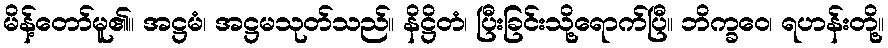
မိန့်တော်မူ၏။ အဋ္ဌမံ၊ အဋ္ဌမသုတ်သည်။ နိဋ္ဌိတံ၊ ပြီးခြင်းသို့ရောက်ပြီ။ ဘိက္ခဝေ၊ ရဟန်းတို့။